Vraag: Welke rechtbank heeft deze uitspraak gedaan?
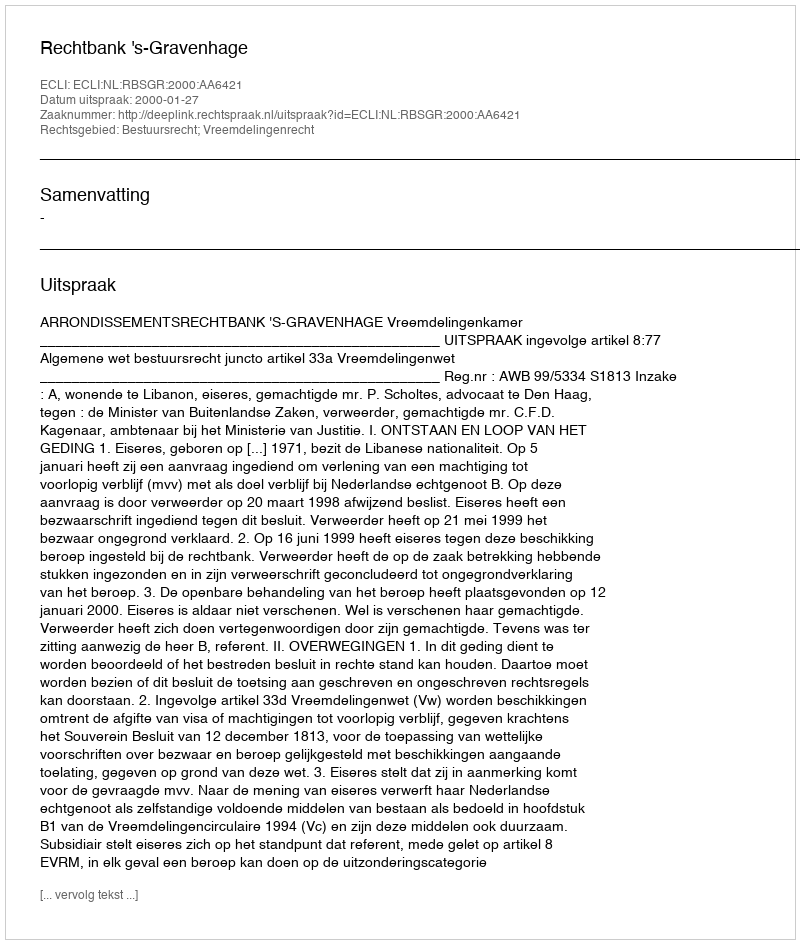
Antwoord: Rechtbank 's-Gravenhage